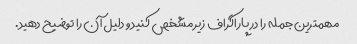
مهمترین جمله را در پاراگراف زیر مشخص کنید و دلیل آن را توضیح دهید.